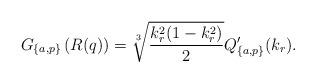
LaTeX: \begin{align*}G_{\{a,p\}}\left(R(q)\right)=\sqrt[3]{\frac{k_r^2(1-k_r^2)}{2}}Q'_{\{a,p\}}(k_r).\end{align*}